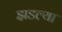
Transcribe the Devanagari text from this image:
झडल्या